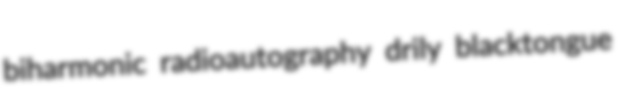
biharmonic radioautography drily blacktongue